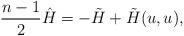
LaTeX: \begin{align*}\frac{n-1}{2}{\hat H}=-{\tilde H}+{\tilde H}(u,u),\end{align*}